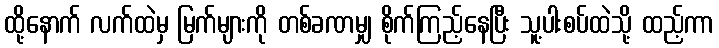
ထို့နောက် လက်ထဲမှ မြက်များကို တစ်ခဏမျှ စိုက်ကြည့်နေပြီး သူ့ပါးစပ်ထဲသို့ ထည့်ကာ